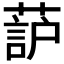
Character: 𫉚